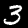
Label: 3